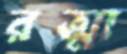
রত্মা